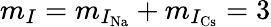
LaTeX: m_{I}=m_{I_{\mathrm{Na}}}+m_{I_{\mathrm{Cs}}}=3